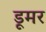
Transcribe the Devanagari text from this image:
डूमर